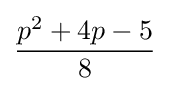
{\frac {p^{2}+4p-5}{8}}